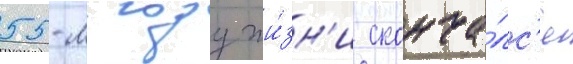
55-м году жи́зн'и сконча́лс'я